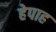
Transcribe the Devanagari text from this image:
हेपाह